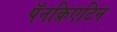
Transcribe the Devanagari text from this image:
पॅनक्रिएटिन